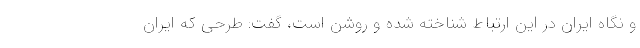
و نگاه ایران در این ارتباط شناخته شده و روشن است، گفت: طرحی که ایران